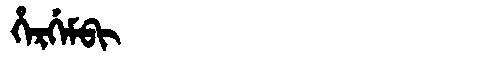
Manchu: ᡥᡝᡵᡤᡝᠮᠪᡳ
Romanization: HERGEMBI